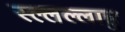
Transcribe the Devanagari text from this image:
स्ल्लल्लाहु